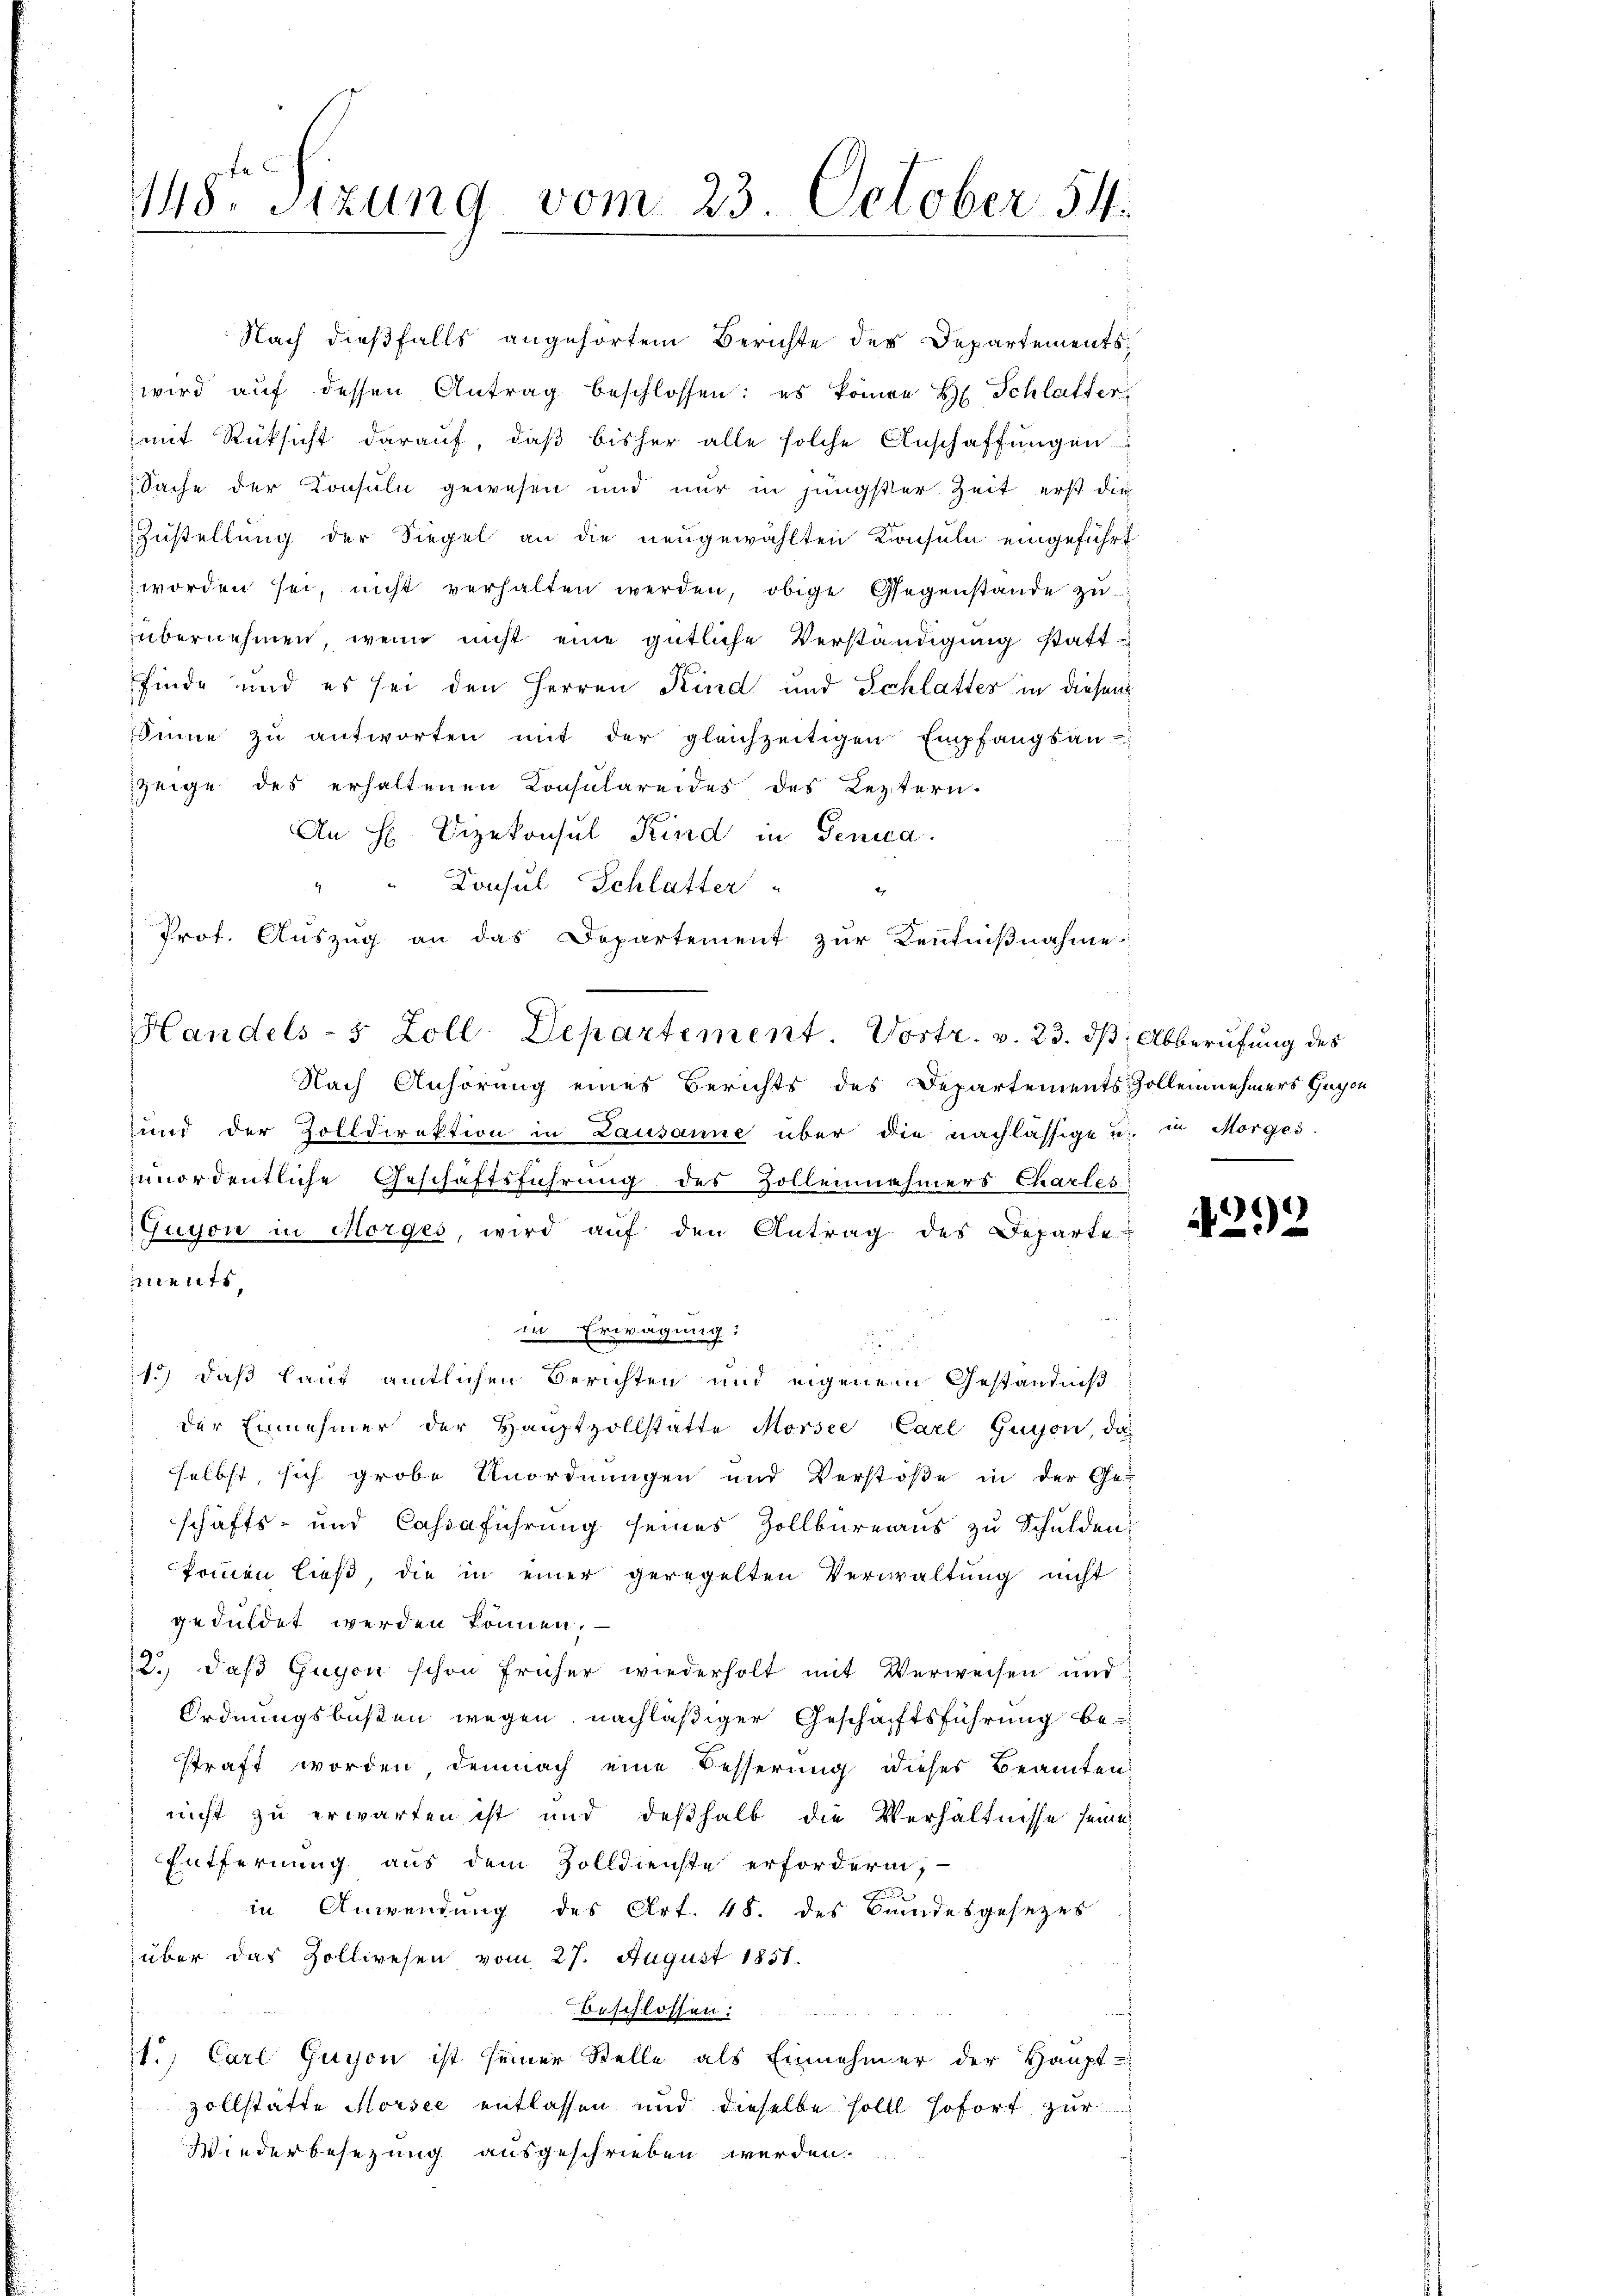
148. Sizung vom 23. October 54.

Nach dießfalls angehörtem Berichte des Departementswird aŭf dessen Antrag beschlossen: es können H. Schlatter
mit Rücksicht darauf, daβ bisher alle solche Anschaffŭngen
Sache der Konsuln gewesen und nur in jüngster Zeit erst die
Zustellung der Siegel an die neugewählten Konsula eingeführt
worden sei, nicht verhalten werden, obige Gegenstände zu
übernehmen, wenn nicht eine gütliche Verständigung stattfinde und es sei den Herren Kind und Schlatter in diesem
Sinne zŭ antworten mit der gleichzeitigen Empfangsan-
zeige des erhaltenen Konsulareides des Leztern-
es
An H Dezekonsul Kind in Genica.
Konsul Schlatter
I
und der Zolldirektion in Lausanne über die nachlässige u. in Morges.
unordentliche Geschäftsführung des Zollennehmers Charles
Guyon in Morges, wird aŭf den Antrag des Departe
iments,
in Erwägung:
11.) daß laut amtlichen Berichten und eigenem Geständniß
der Einnehmer der Hauptzollstatte Morsee Carl Guyon, da
selbst, sich grobe Anordnungen und Verstöße in der Ge-
schäfts- und Cassaführung seines Zollbüreaus zu Schulden,
keinen ließ, die in einer geregelten Verwaltung nicht
geduldet werden können,
2., daß Gugon schon früher wiederholt mit Verweisen und
Ordnungsbußen wegen nachläßiger Geschäftsführung be-
straft worden demnach eine Besserung dieses Beamten
nicht zu erwarten ist und deßhalb die Verhältnisse seine
Entfernung aus dem Zolldienste erfordern,
in Anwendung des Art. 48. des Bandesgesezes
über das Zollwesen vom 27. August 1851.
beschlossen:
1.) Carl Guyon ist seiner Stelle als Einnehmer der Haupt-
zollstätte Horsee entlassen und dieselbe soll sofort zur
Wiederbesezung ausgeschrieben werden.

Prof. Auszug an das Departement zur Kenntnißnahme
Handels- 5 Zoll-Departement. Vortr. v. 23. dβ: Abberufung des
Nach Anhörung eines Berichts des Departements Zollennehmers Gegen

d

4292